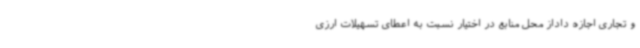
و تجاری اجازه داداز محل منابع در اختیار نسبت به اعطای تسهیلات ارزی